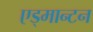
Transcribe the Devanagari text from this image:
एड्मान्टन